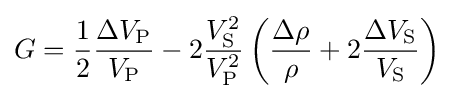
G={\frac {1}{2}}{\frac {\Delta V_{\mathrm {P} }}{V_{\mathrm {P} }}}-2{\frac {V_{\mathrm {S} }^{2}}{V_{\mathrm {P} }^{2}}}\left({\frac {\Delta \rho }{\rho }}+2{\frac {\Delta V_{\mathrm {S} }}{V_{\mathrm {S} }}}\right)